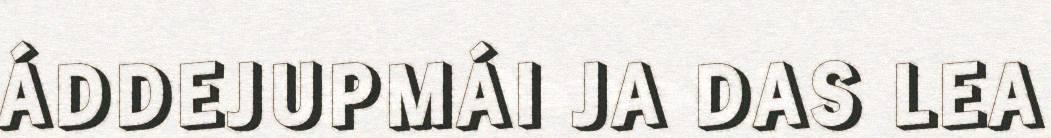
ÁDDEJUPMÁI JA DAS LEA